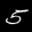
Digit: 5